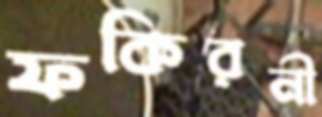
ফকিরনী